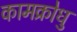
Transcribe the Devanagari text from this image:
कामक्रोधु